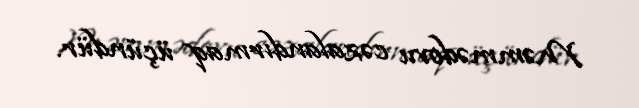
Məmmədovu cəzalandırmaq üçündür.